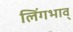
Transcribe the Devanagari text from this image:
लिंगभाव्